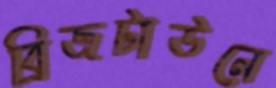
ব্রিজটাউনে